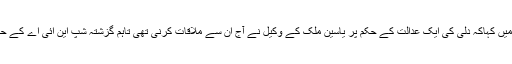
لبریشن فرنٹ کے ترجمان نے سرینگر میں جاری ایک بیان میں کہاکہ دلی کی ایک عدالت کے حکم پر یاسین ملک کے وکیل نے آج ان سے ملاقات کرنی تھی تاہم گزشتہ شپ این ائی اے کے حکام نے انہیں بتایا کہ مجوزہ ملاقات منسوخ کردی گئی ہے ۔